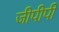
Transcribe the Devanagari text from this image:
जीपीपी